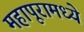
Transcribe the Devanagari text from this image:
महापूरामध्ये